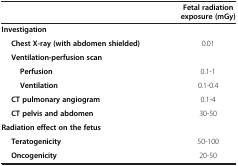
|  | Fetal radiation exposure (mGy) |
 | --- | --- |
 | Investigation |  |
 | Chest X-ray (with abdomen shielded) | 0.01 |
 | Ventilation-perfusion scan |  |
 | Perfusion | 0.1-1 |
 | Ventilation | 0.1-0.4 |
 | CT pulmonary angiogram | 0.1-4 |
 | CT pelvis and abdomen | 30-50 |
 | Radiation effect on the fetus |  |
 | Teratogenicity | 50-100 |
 | Oncogenicity | 20-50 |